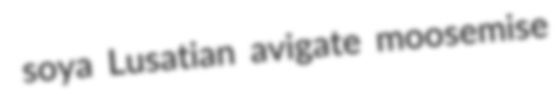
soya Lusatian avigate moosemise